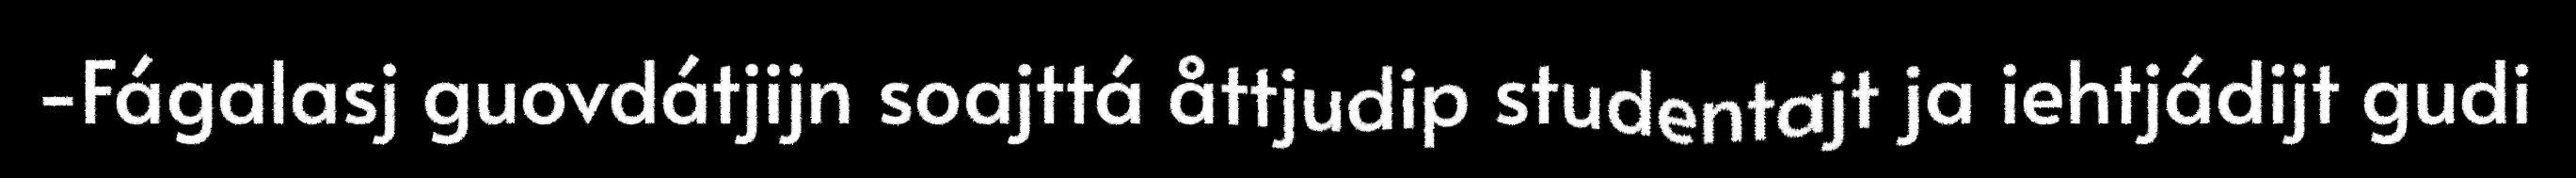
-Fágalasj guovdátjijn soajttá åttjudip studentajt ja iehtjádijt gudi